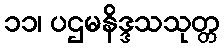
၁၁၊ ပဌမနိဒ္ဒသသုတ္တ